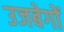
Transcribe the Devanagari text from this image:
उजबेगों